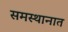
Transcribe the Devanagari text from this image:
समस्थानात